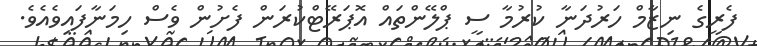
ފެރީގެ ނިޒާމް ހަރުދަނާ ކުރުމާ ސީ ޕްލޭންތައް އޮޕަރޭޓްކުރަން ފެށުން ވެސް ހިމަނާފައިވެއެވެ.